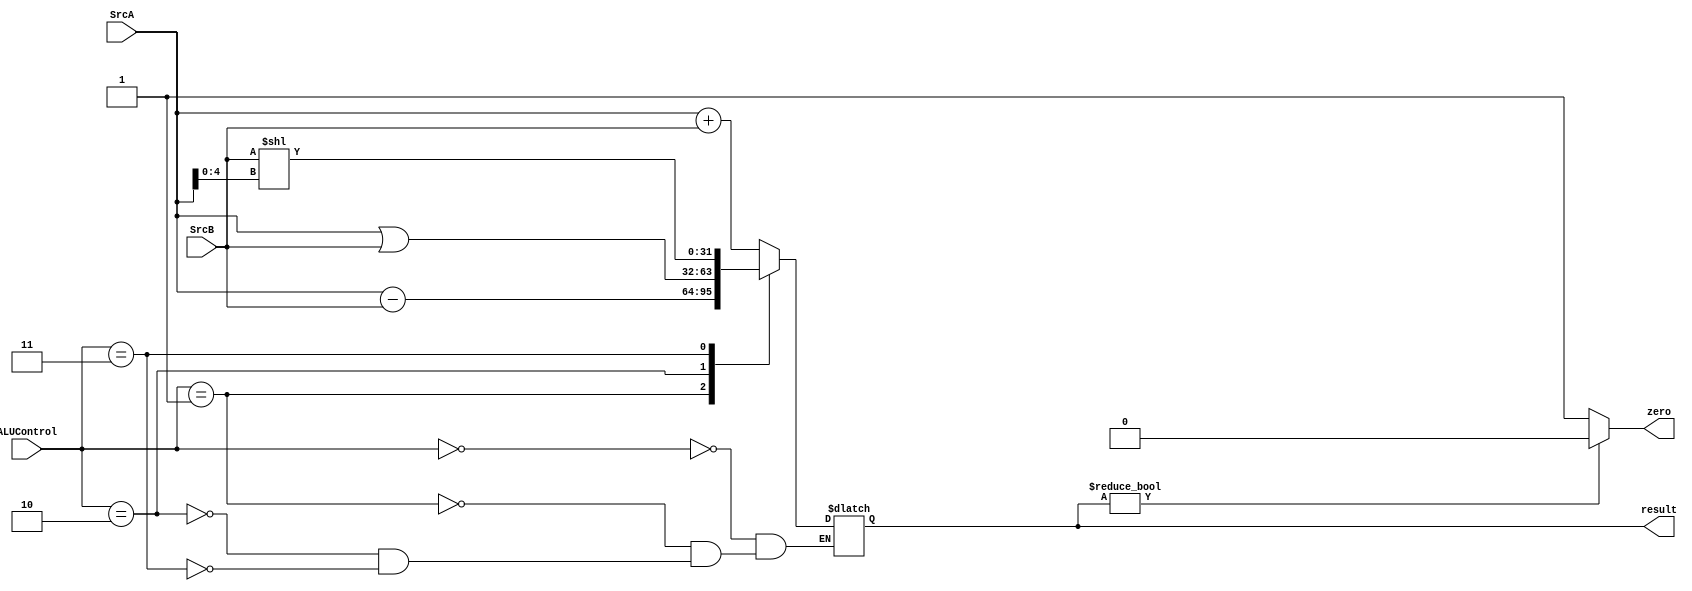
`timescale 1ns / 1ps

module alu(
	input [31:0] SrcA,
	input [31:0] SrcB,
	input [2:0] ALUControl,
	output [31:0] result,
	output zero);
	
	reg [31:0] result_temp;
	
	always @(*) begin
		case(ALUControl)
			3'b000:result_temp=SrcA+SrcB; //
			3'b001:result_temp=SrcA-SrcB; //
			3'b010:result_temp=SrcA|SrcB; //
			3'b011:result_temp=SrcB<<SrcA[4:0]; //
		endcase
	end
	
	assign result = result_temp;
	assign zero = result?1'b0:1'b1; //

endmodule